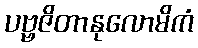
ပဗ္ဗဇိတာနုလောမိကံ